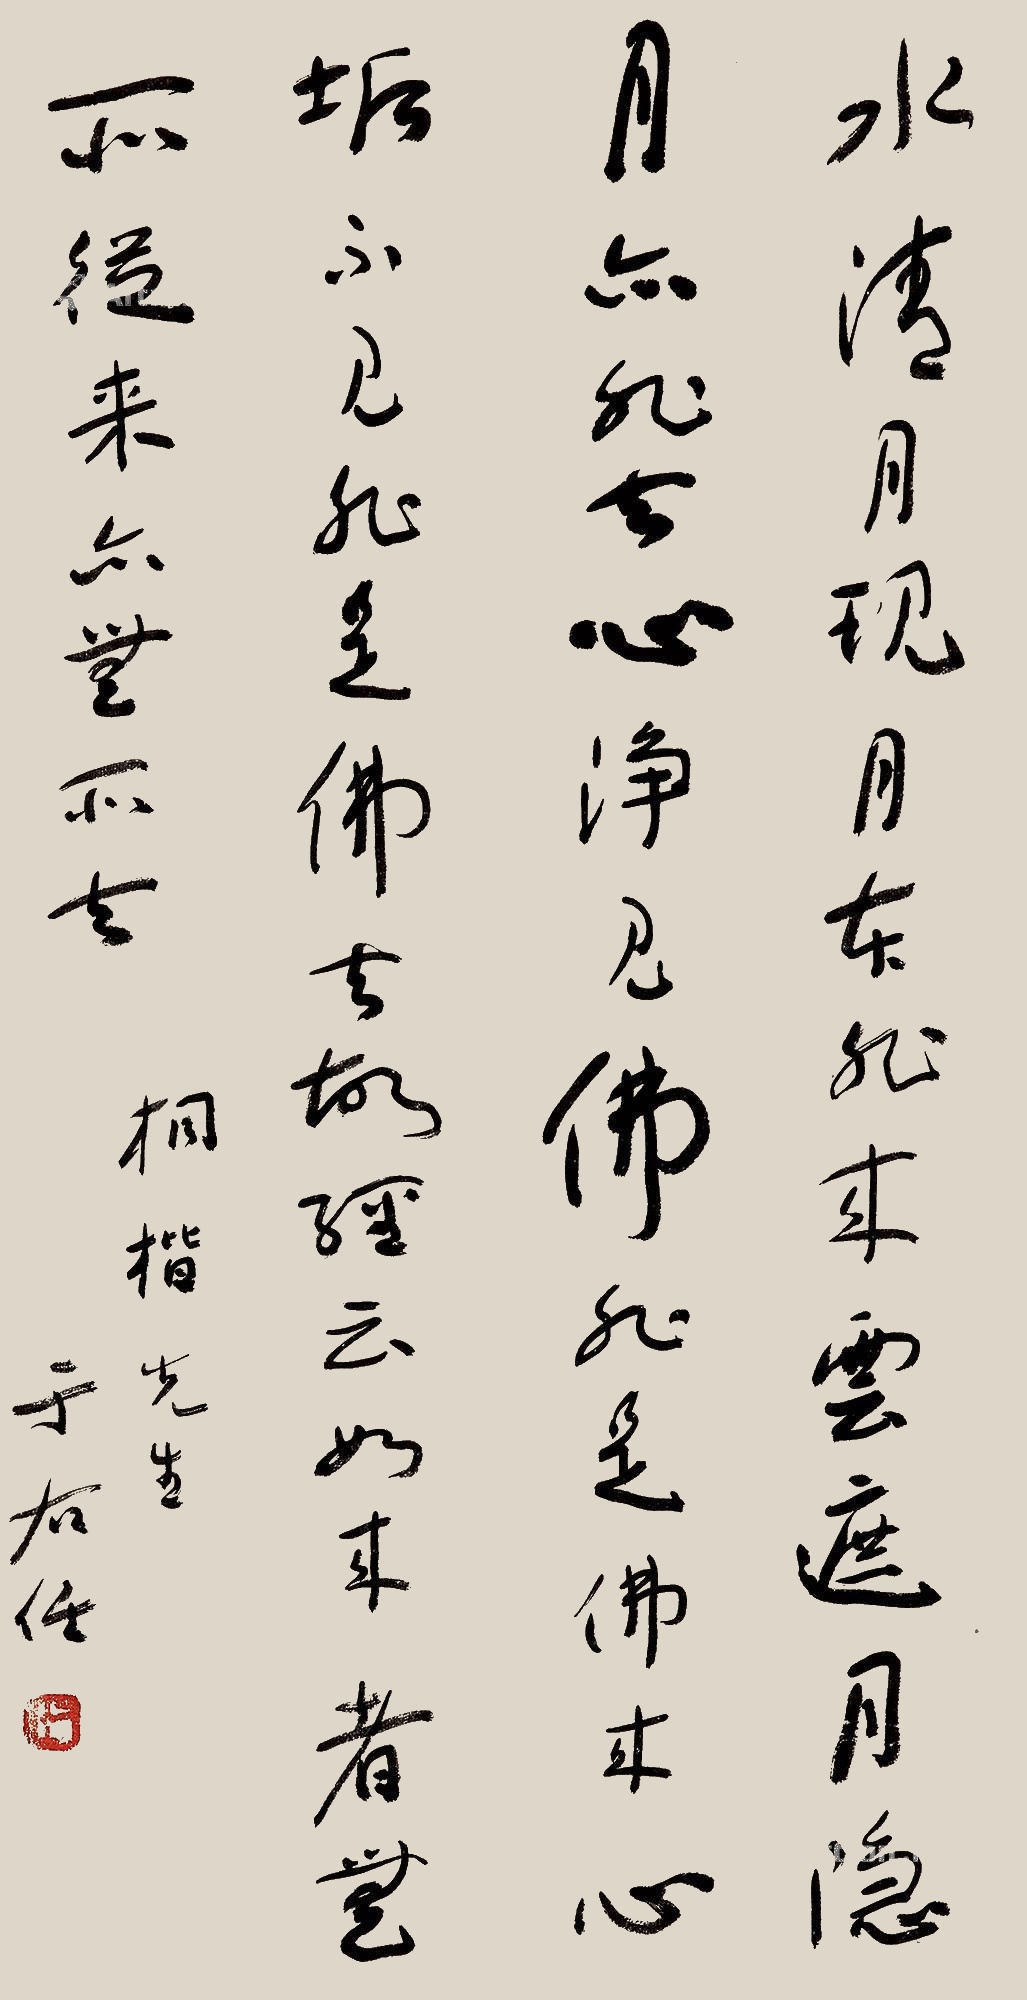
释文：水清月现，月本非来。云遮月隐，月亦非去。心清见佛，非是佛来。心垢不见，亦非佛去。故经云：如来者无所从来，亦无所去。桐楷先生，于右任。